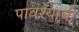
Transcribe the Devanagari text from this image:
पावश्याची